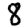
Digit: 8